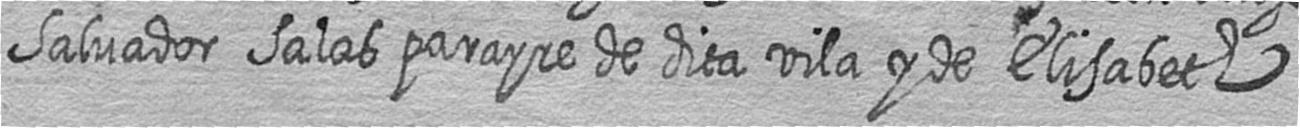
Salvador Salas parayre de dita vila y de Elisabeth